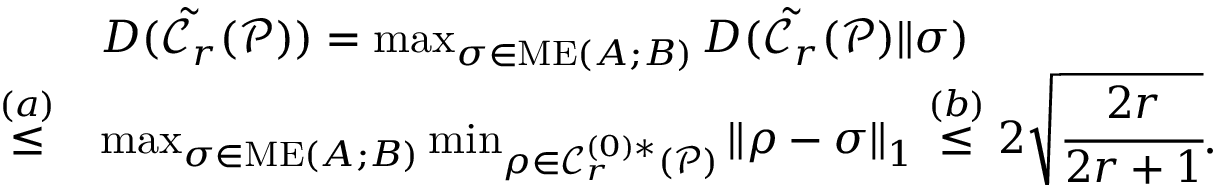
\begin{array} { r l } & { D ( \tilde { \mathcal { C } _ { r } } ( \mathcal { P } ) ) = \operatorname* { m a x } _ { \sigma \in \mathrm { M E } ( A ; B ) } D ( \tilde { \mathcal { C } _ { r } } ( \mathcal { P } ) \| \sigma ) } \\ { \stackrel { ( a ) } { \le } } & { \operatorname* { m a x } _ { \sigma \in \mathrm { M E } ( A ; B ) } \operatorname* { m i n } _ { \rho \in \mathcal { C } _ { r } ^ { ( 0 ) \ast } ( \mathcal { P } ) } \| \rho - \sigma \| _ { 1 } \stackrel { ( b ) } { \le } 2 \sqrt { \cfrac { 2 r } { 2 r + 1 } } . } \end{array}